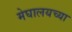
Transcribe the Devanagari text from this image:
मेघालयच्या